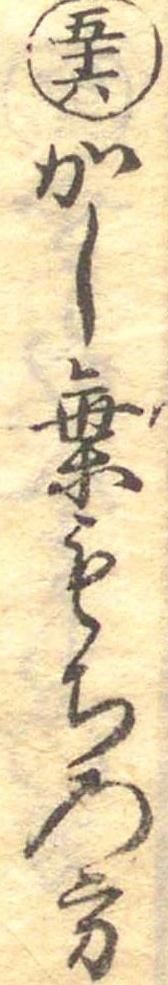
五十六かし葉もちの方